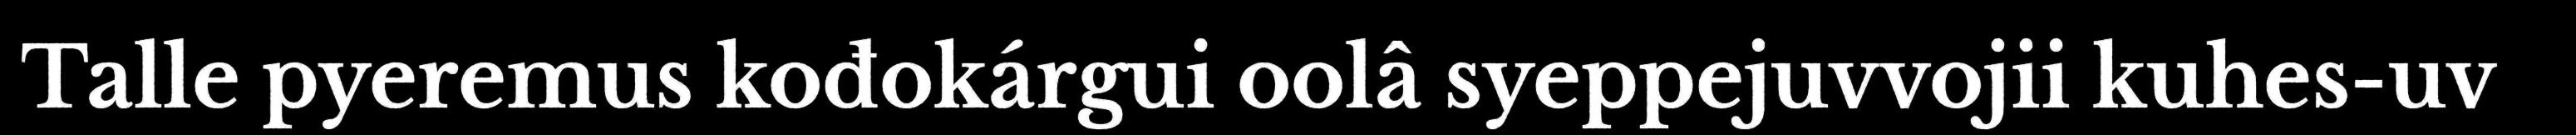
Talle pyeremus kođokárgui oolâ syeppejuvvojii kuhes-uv